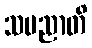
သပညာတိ